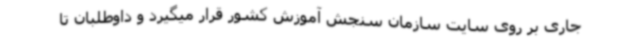
جاری بر روی سایت سازمان سنجش آموزش کشور قرار میگیرد و داوطلبان تا